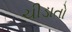
ચીડાતો